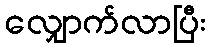
လျှောက်လာပြီး